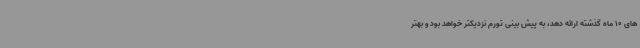
های 10 ماه گذشته ارائه دهد، به پیش بینی تورم نزدیکتر خواهد بود و بهتر